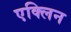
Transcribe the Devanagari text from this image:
एक्लिन